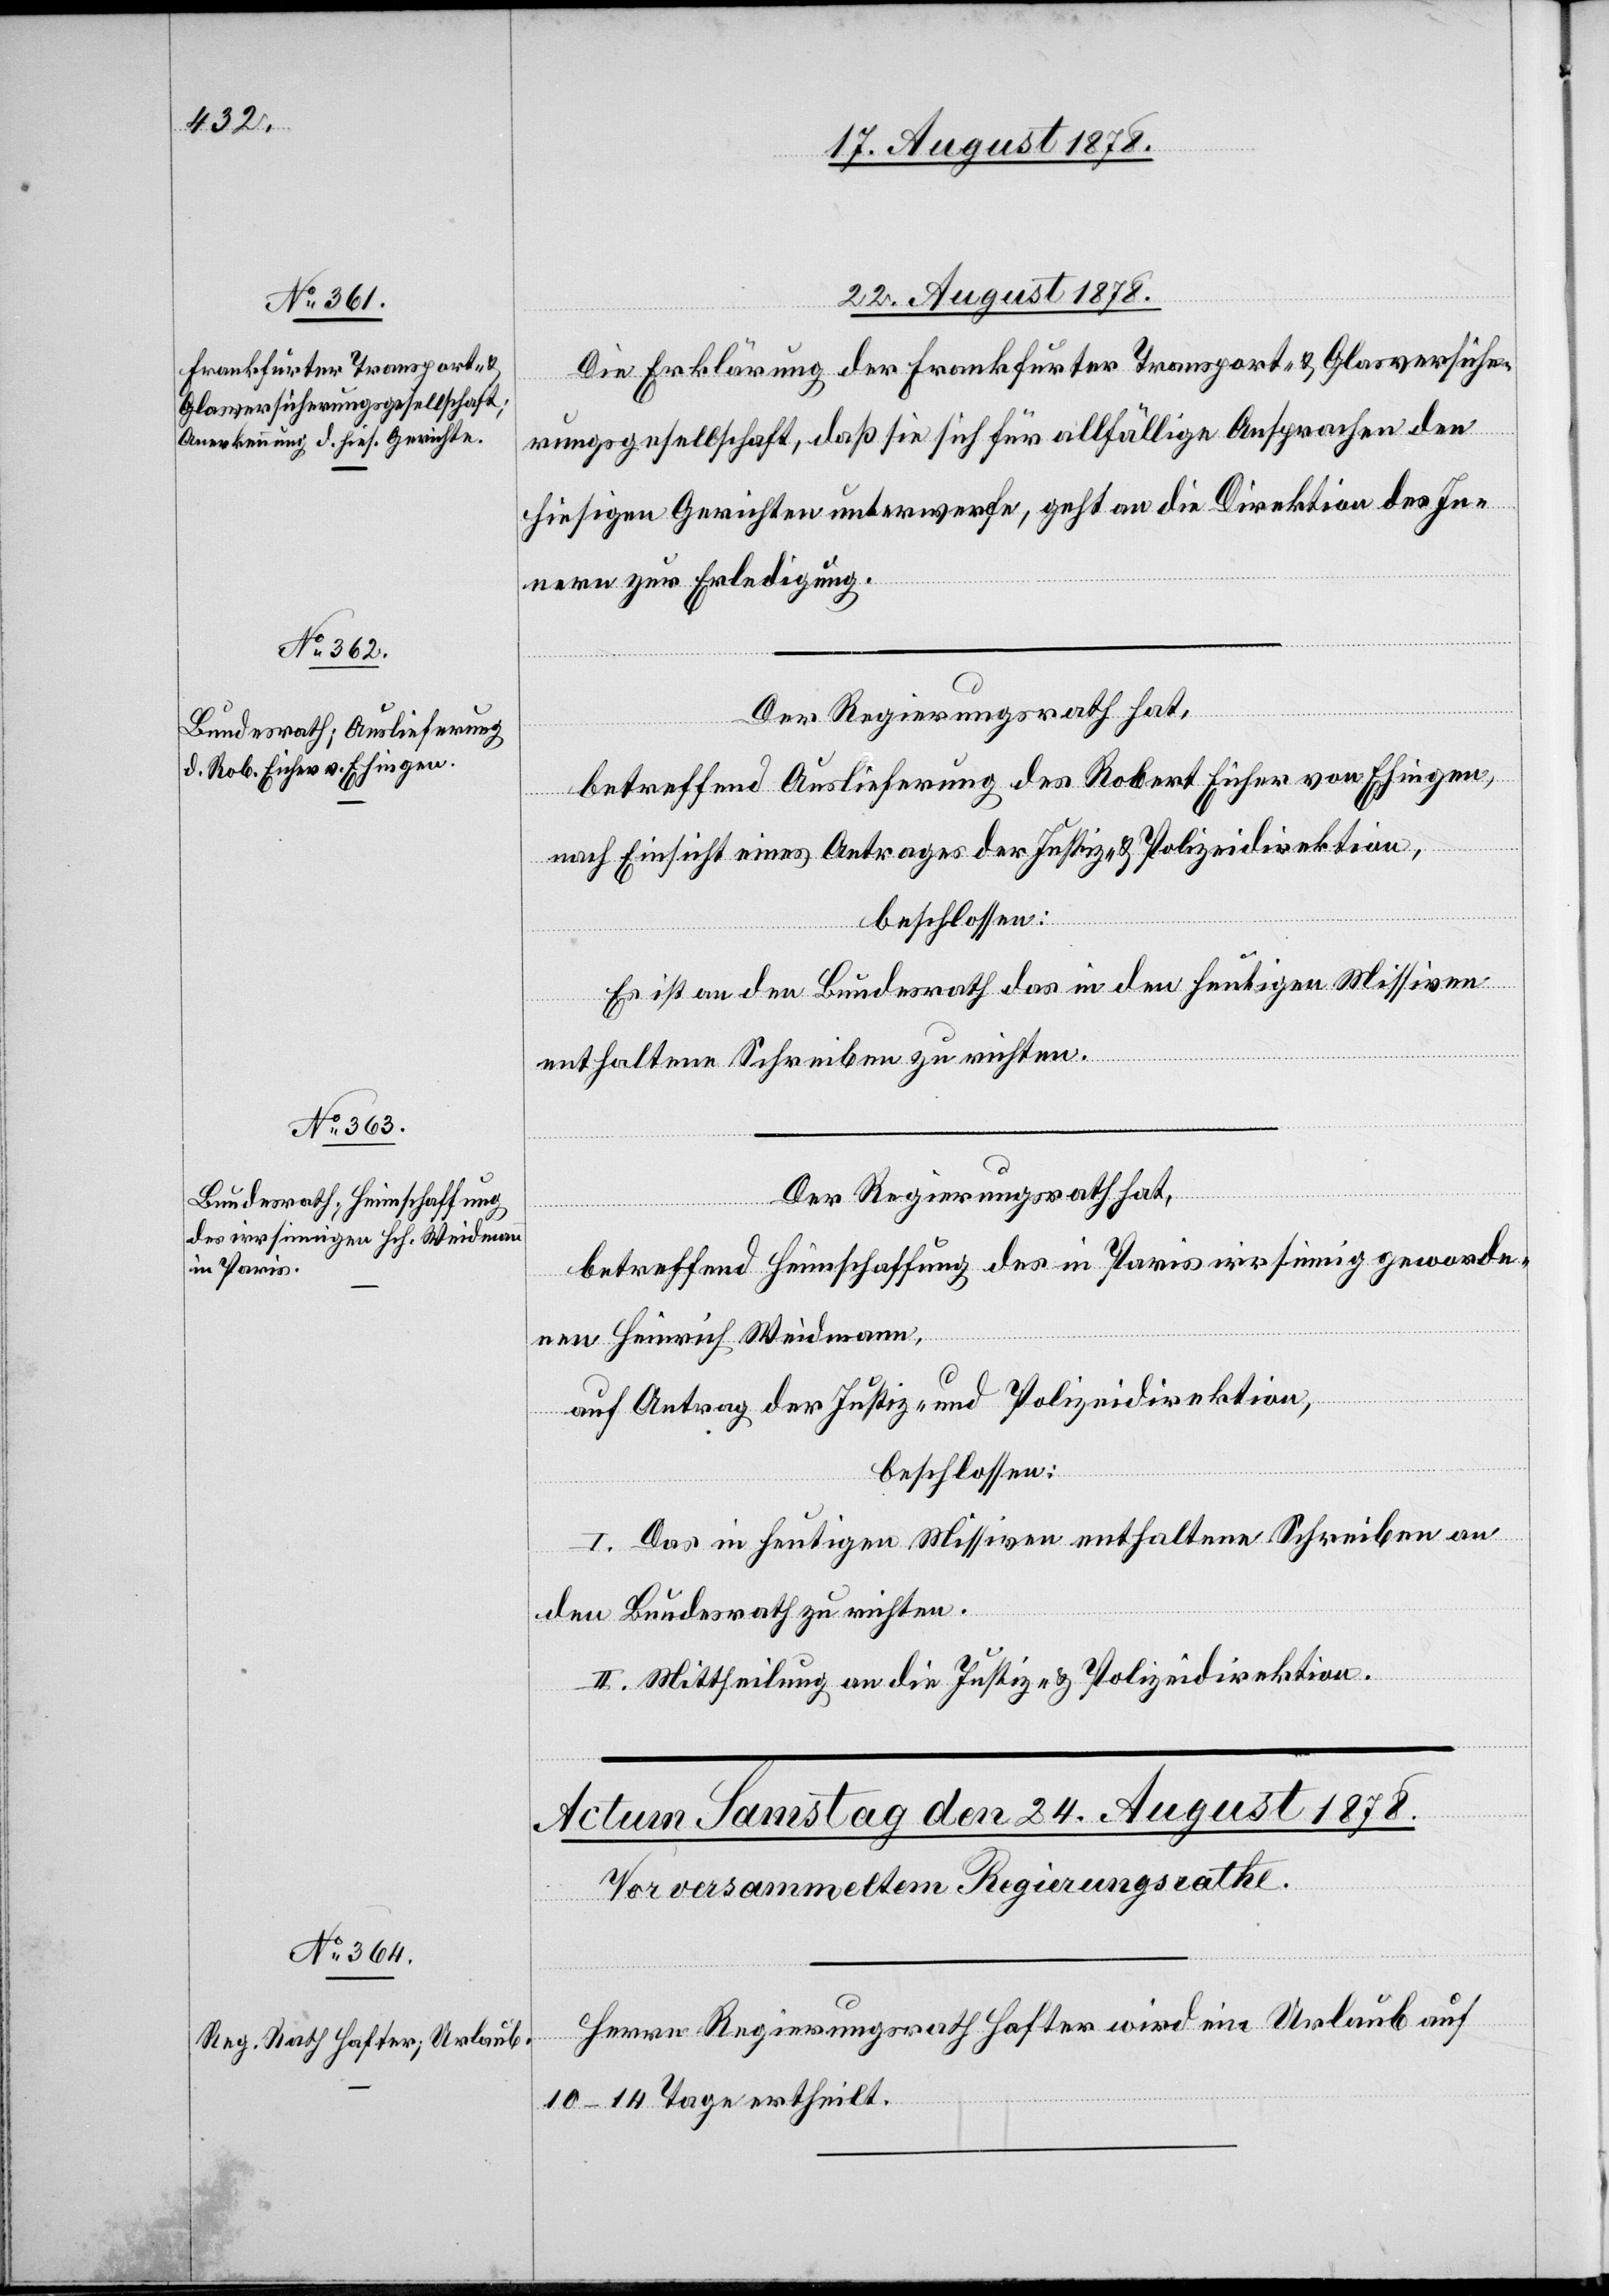
22. August 1878.]
Die Erklärung der Frankfurter Transport- & Glasversiche¬
rungsgesellschaft, daß sie sich für allfällige Ansprachen den
hiesigen Gerichten unterwerfe, geht an die Direktion des In¬
nern zur Erledigung.
Der Regierungsrath hat,
betreffend Auslieferung des Robert Eicher von Ehingen,
nach Einsicht eines Antrages der Justiz- & Polizeidirektion,
beschlossen:
Es ist an den Bundesrath das in den heutigen Missiven
enthaltene Schreiben zu richten.
Der Regierungsrath hat,
betreffend Heimschaffung des in Paris irrsinnig geworde¬
nen Heinrich Weidmann,
auf Antrag der Justiz- & Polizeidirektion,
beschlossen:
I. Das in heutigen Missiven enthaltene Schreiben an
den Bundesrath zu richten.
II. Mittheilung an die Justiz- & Polizeidirektion.
Herrn Regierungsrath Hafter wird ein Urlaub auf
10–14 Tage ertheilt.